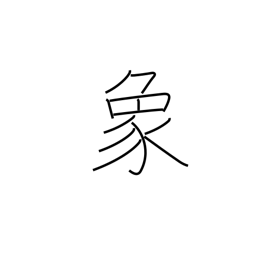
Meaning: elephant